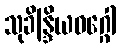
သုခိန္ဒြိယဝဂ္ဂေါ